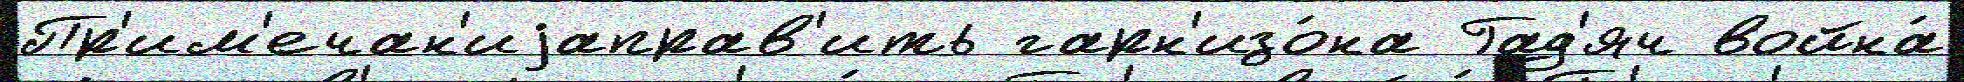
Пр'им'ечан'иjаправ'ить гарн'изо́на Гад'яч война́